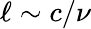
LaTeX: \ell\sim c/\nu